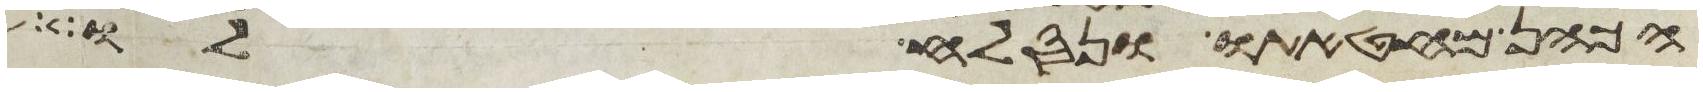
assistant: הכהן מחטאתו ונסלח לו